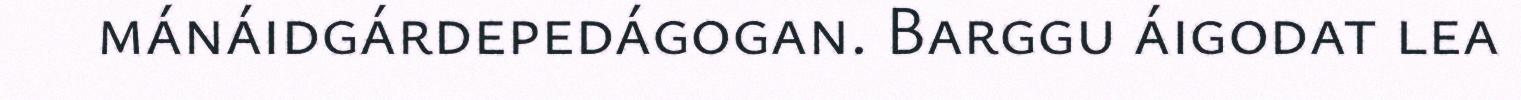
mánáidgárdepedágogan. Barggu áigodat lea